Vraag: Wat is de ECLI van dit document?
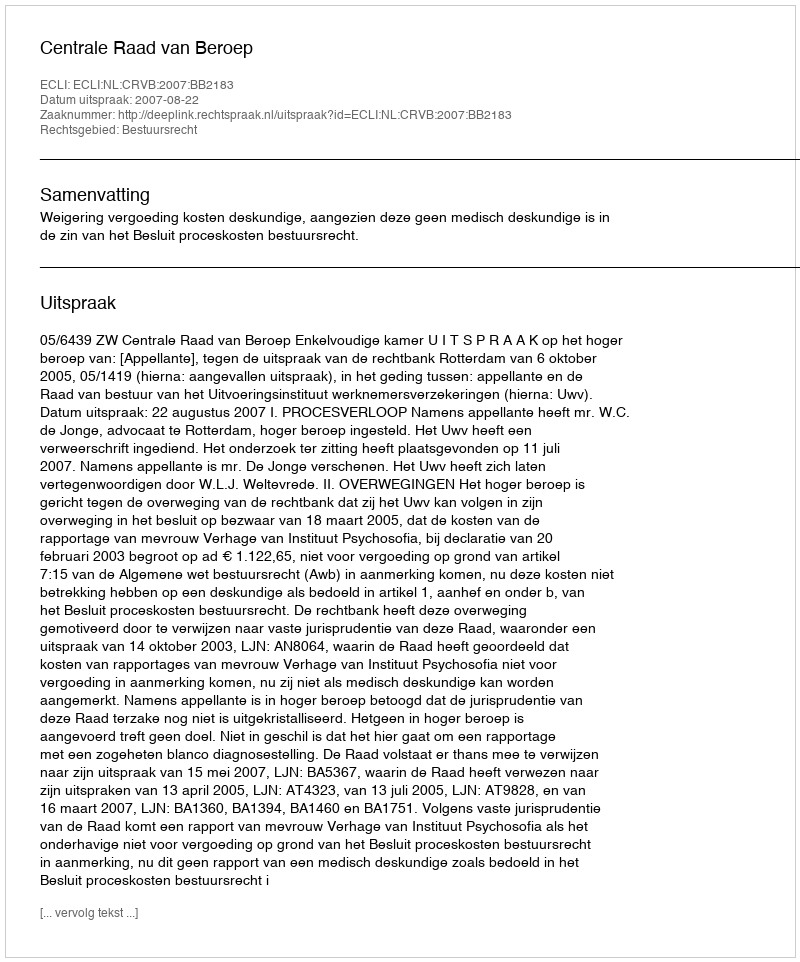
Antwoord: ECLI:NL:CRVB:2007:BB2183